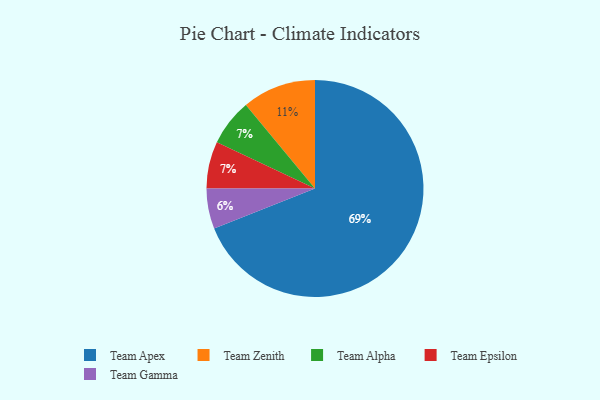
{"axis": {"x": "Category", "y": "Percentage"}, "legend": ["Team Alpha", "Team Apex", "Team Epsilon", "Team Gamma", "Team Zenith"], "data": [{"x": "Team Apex", "y": 69, "type": "Team Apex"}, {"x": "Team Alpha", "y": 7, "type": "Team Alpha"}, {"x": "Team Gamma", "y": 6, "type": "Team Gamma"}, {"x": "Team Epsilon", "y": 7, "type": "Team Epsilon"}, {"x": "Team Zenith", "y": 11, "type": "Team Zenith"}]}